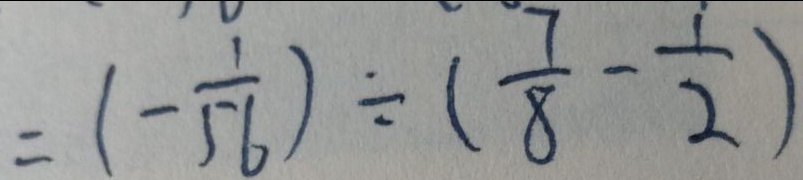
= ( - \frac { 1 } { 5 6 } ) \div ( \frac { 7 } { 8 } - \frac { 1 } { 2 } )